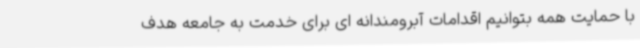
با حمایت همه بتوانیم اقدامات آبرومندانه ای برای خدمت به جامعه هدف